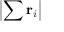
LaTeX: \left| \sum \mathbf { r } _ { i } \right|